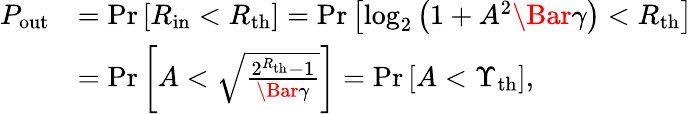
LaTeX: \begin{array}{rl}{P_{\mathrm{out}}}&{=\mathrm{Pr}\left[R_{\mathrm{in}}<R_{\mathrm{th}}\right]=\mathrm{Pr}\left[\mathrm{log}_{2}\left(1+A^{2}\Bar{\gamma}\right)<R_{\mathrm{th}}\right]}\\ &{=\mathrm{Pr}\left[A<\sqrt{\frac{2^{R_{\mathrm{th}}}-1}{\Bar{\gamma}}}\right]=\mathrm{Pr}\left[A<\Upsilon_{\mathrm{th}}\right],}\end{array}